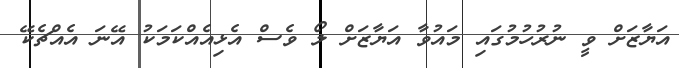
އަޔާޒަށް ވީ ނުރުހުމުގައި މައުވާ އަޔާޒަށް ލޯ ވެސް އެޅިއެއްކަމަކު އޭނަ އެއްޗެކޭ